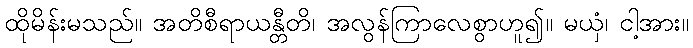
ထိုမိန်းမသည်။ အတိစီရာယန္တီတိ၊ အလွန်ကြာလေစွာဟူ၍။ မယှံ၊ ငါ့အား။